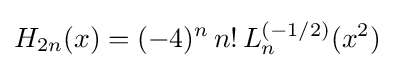
H_{2n}(x)=(-4)^{n}\,n!\,L_{n}^{(-1/2)}(x^{2})